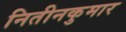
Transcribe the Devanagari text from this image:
नितीनकुमार